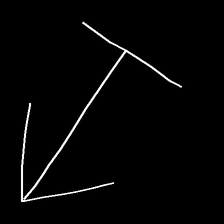
Glyph: levitation